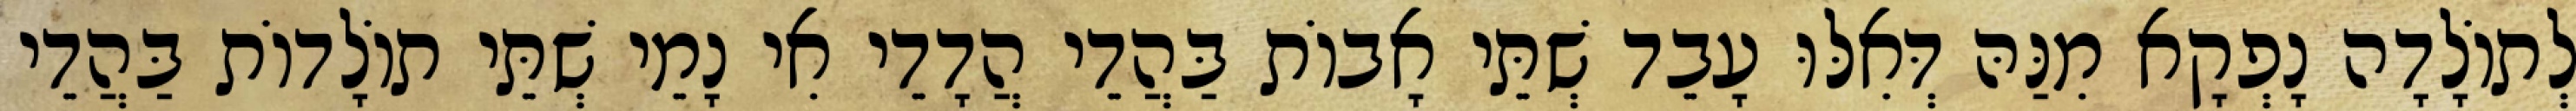
לְתוֹלָדָה נָפְקָא מִנַּהּ דְּאִלּוּ עָבֵד שְׁתֵּי אָבוֹת בַּהֲדֵי הֲדָדֵי אִי נָמֵי שְׁתֵּי תוֹלָדוֹת בַּהֲדֵי